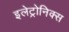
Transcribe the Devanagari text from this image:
इलेट्रोनिक्स